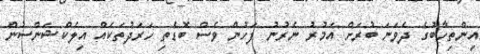
އިންތިހާބުގެ ދެވަނަ ބުރަށް އަމުރު ނެރުނު ފަހުން ވެސް ބޮޑެތި ހަރަދުތަކެއް އިލެކްޝަންސުން